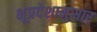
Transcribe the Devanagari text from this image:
भूप्रदेशानुसार